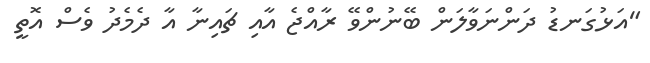
"އަޅުގަނޑު ދަންނަވާލަން ބޭނުންވޭ ރާއްޖެ އާއި ޗައިނާ އާ ދެމެދު ވެސް އޮތީ